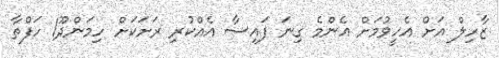
ޒާހިލް އަށް އެހީވުމަށް އެންމެ ގިނަ ފައިސާ އެއްކުރި ރަށަކަށް ހިމަންދޫ1 ހަފްތާ